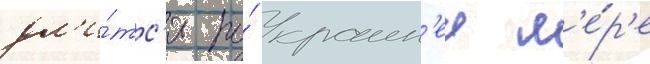
дл'и́тс'я по́ краин'еи м'е́р'е